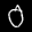
Label: 0